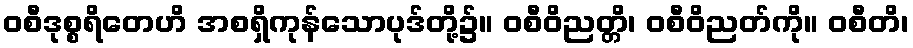
ဝစီဒုစ္စရိတေဟိ အစရှိကုန်သောပုဒ်တို့၌။ ဝစီဝိညတ္တိ၊ ဝစီဝိညတ်ကို။ ဝစီတိ၊